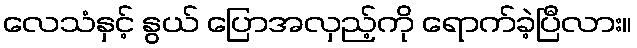
လေသံနှင့် နွယ် ပြောအလှည့်ကို ရောက်ခဲ့ပြီလား။